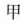
甲